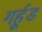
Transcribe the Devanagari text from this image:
गर्हूड